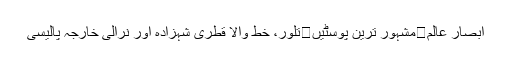
ابصار عالم	مشہور ترین پوسٹیں	تلور، خط والا قطری شہزادہ اور نرالی خارجہ پالیسی